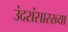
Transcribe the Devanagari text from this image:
उंदरांसारख्या